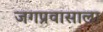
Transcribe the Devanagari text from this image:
जगप्रवासाला